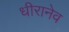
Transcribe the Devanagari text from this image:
धीरानेव